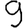
Digit: 9